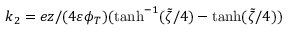
k _ { 2 } = e z / ( 4 \varepsilon \phi _ { T } ) ( \operatorname { t a n h } ^ { - 1 } ( \tilde { \zeta } / 4 ) - \operatorname { t a n h } ( \tilde { \zeta } / 4 ) )